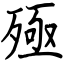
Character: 殛